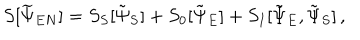
S [ \widetilde { \Psi } _ { E N } ] = S _ { S } [ \tilde { \Psi } _ { S } ] + S _ { 0 } [ \tilde { \Psi } _ { E } ] + S _ { I } [ \tilde { \Psi } _ { E } , \tilde { \Psi } _ { S } ] \, ,